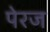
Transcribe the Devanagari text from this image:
पेरज